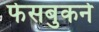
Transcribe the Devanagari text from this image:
फेसबुकने